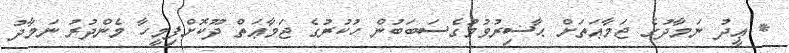
* ޢީދު ނަމާދުގެ ޖަމާޢަތަށް ޙާޟިރުވުމުގެސަބަބުން ހުކުރުގެ ޖަމާޢަތް ދޫކޮށްފިމީހާ މެންދުރު ނަމާދު